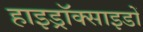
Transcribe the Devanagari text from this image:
हाइड्रॉक्साइडों